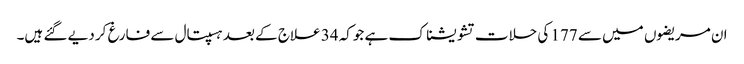
ان مریضوں میں سے 177 کی حلات تشویشناک ہے جوکہ 34 علاج کے بعد ہسپتال سے فارغ کر دیے گئے ہیں۔